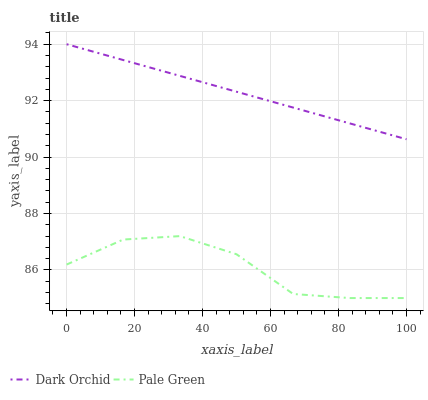
| xaxis_label | Dark Orchid | Pale Green |
 | --- | --- | --- |
 | 0 | 94 | 86.2 |
 | 16.7 | 93.4 | 87.1 |
 | 33.3 | 92.9 | 87.2 |
 | 50 | 92.3 | 86.6 |
 | 66.7 | 91.8 | 85.1 |
 | 83.3 | 91.2 | 85 |
 | 100 | 90.6 | 85 |